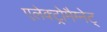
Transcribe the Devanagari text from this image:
एलेक्ट्रोमैग्नेट्